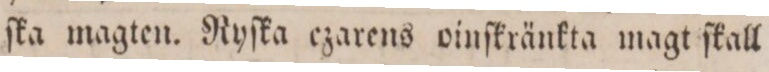
ſka magten. Ryſka ezarens oinſkränkta magt ſkall